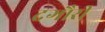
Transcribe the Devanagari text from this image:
दगौरी